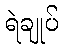
ရဲချုပ်